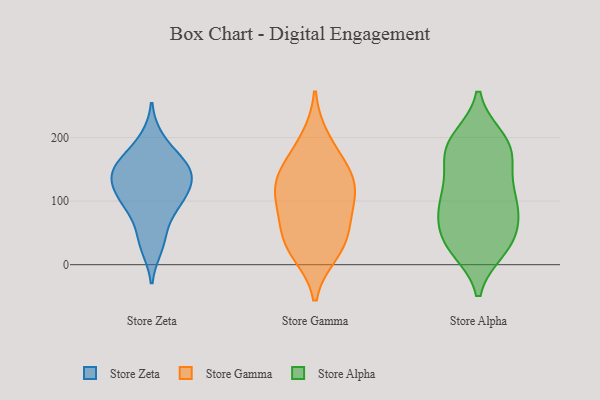
{"axis": {"x": "Budget (USD K)", "y": "Value"}, "legend": ["Store Alpha", "Store Gamma", "Store Zeta"], "data": [{"x": "", "y": 120, "type": "Store Zeta"}, {"x": "", "y": 154, "type": "Store Zeta"}, {"x": "", "y": 143, "type": "Store Zeta"}, {"x": "", "y": 157, "type": "Store Zeta"}, {"x": "", "y": 167, "type": "Store Zeta"}, {"x": "", "y": 45, "type": "Store Zeta"}, {"x": "", "y": 95, "type": "Store Zeta"}, {"x": "", "y": 28, "type": "Store Zeta"}, {"x": "", "y": 138, "type": "Store Zeta"}, {"x": "", "y": 90, "type": "Store Zeta"}, {"x": "", "y": 100, "type": "Store Zeta"}, {"x": "", "y": 130, "type": "Store Zeta"}, {"x": "", "y": 197, "type": "Store Zeta"}, {"x": "", "y": 26, "type": "Store Gamma"}, {"x": "", "y": 57, "type": "Store Gamma"}, {"x": "", "y": 92, "type": "Store Gamma"}, {"x": "", "y": 47, "type": "Store Gamma"}, {"x": "", "y": 126, "type": "Store Gamma"}, {"x": "", "y": 152, "type": "Store Gamma"}, {"x": "", "y": 19, "type": "Store Gamma"}, {"x": "", "y": 154, "type": "Store Gamma"}, {"x": "", "y": 107, "type": "Store Gamma"}, {"x": "", "y": 118, "type": "Store Gamma"}, {"x": "", "y": 197, "type": "Store Gamma"}, {"x": "", "y": 182, "type": "Store Alpha"}, {"x": "", "y": 43, "type": "Store Alpha"}, {"x": "", "y": 100, "type": "Store Alpha"}, {"x": "", "y": 103, "type": "Store Alpha"}, {"x": "", "y": 198, "type": "Store Alpha"}, {"x": "", "y": 192, "type": "Store Alpha"}, {"x": "", "y": 167, "type": "Store Alpha"}, {"x": "", "y": 70, "type": "Store Alpha"}, {"x": "", "y": 165, "type": "Store Alpha"}, {"x": "", "y": 140, "type": "Store Alpha"}, {"x": "", "y": 92, "type": "Store Alpha"}, {"x": "", "y": 26, "type": "Store Alpha"}, {"x": "", "y": 193, "type": "Store Alpha"}, {"x": "", "y": 34, "type": "Store Alpha"}, {"x": "", "y": 25, "type": "Store Alpha"}, {"x": "", "y": 107, "type": "Store Alpha"}, {"x": "", "y": 83, "type": "Store Alpha"}, {"x": "", "y": 39, "type": "Store Alpha"}]}